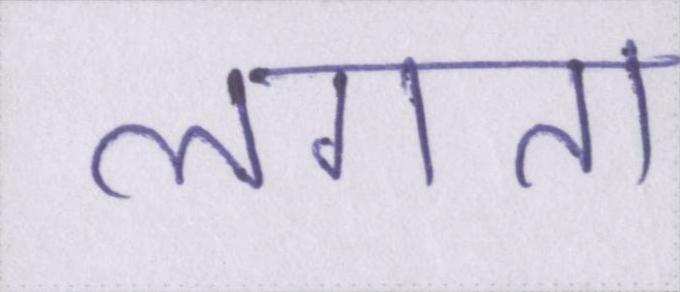
लगता